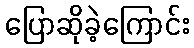
ပြောဆိုခဲ့ကြောင်း